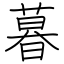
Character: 暮